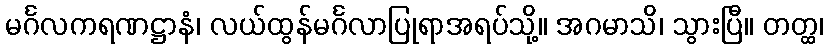
မင်္ဂလကရဏဋ္ဌာနံ၊ လယ်ထွန်မင်္ဂလာပြုရာအရပ်သို့။ အဂမာသိ၊ သွားပြီ။ တတ္ထ၊